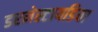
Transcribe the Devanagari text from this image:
डरमेस्टायडिया